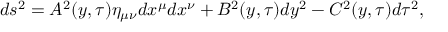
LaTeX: d s ^ { 2 } = A ^ { 2 } ( y , \tau ) \eta _ { \mu \nu } d x ^ { \mu } d x ^ { \nu } + B ^ { 2 } ( y , \tau ) d y ^ { 2 } - C ^ { 2 } ( y , \tau ) d \tau ^ { 2 } ,